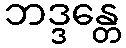
ဘဒ္ဒန္တေ